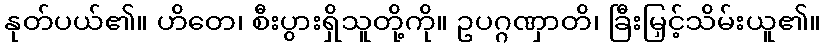
နုတ်ပယ်၏။ ဟိတေ၊ စီးပွားရှိသူတို့ကို။ ဥပဂ္ဂဏှာတိ၊ ခြီးမြှင့်သိမ်းယူ၏။